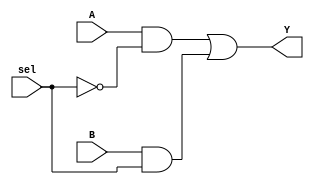
`timescale 1ns / 1ps

module Gate_Level_MUX(A, B, sel, Y);
input  A, B;
input sel;
output  Y;

    wire  w1, w2;
    wire sel_b;
    
    not inv1(sel_b,sel);
    and and1(w1, A, sel_b);
    and and2(w2, B, sel);
    or  or1(Y, w1, w2);
   
endmodule